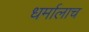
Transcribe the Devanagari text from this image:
धर्मालाच